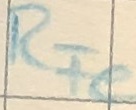
Text: RFe